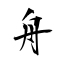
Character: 舟